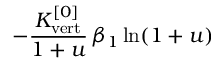
- \frac { K _ { \mathrm { v e r t } } ^ { [ 0 ] } } { 1 + u } \, \beta _ { 1 } \ln ( 1 + u )